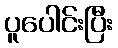
ပူပေါင်းပြီး